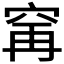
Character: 𫁌